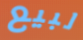
لبيع